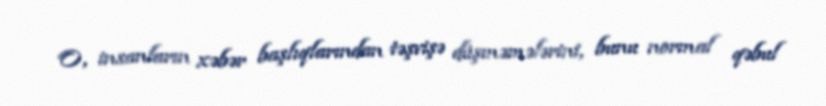
O, insanların xəbər başlıqlarından təşvişə düşməmələrini, bunu normal qəbul